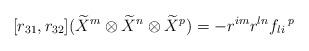
LaTeX: \begin{align*}[r_{31},r_{32}](\widetilde{X}^{m}\otimes \widetilde{X}^{n}\otimes \widetilde{X}^{p})=-r^{im}r^{ln}f_{li}\,^{p}\end{align*}